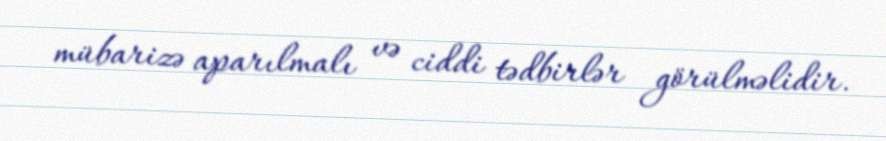
mübarizə aparılmalı və ciddi tədbirlər görülməlidir.